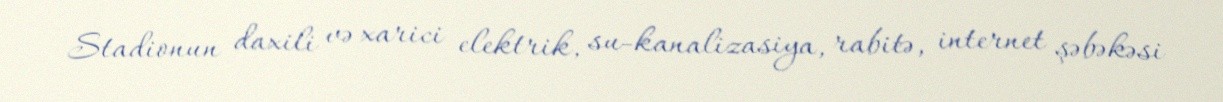
Stadionun daxili və xarici elektrik, su-kanalizasiya, rabitə, internet şəbəkəsi